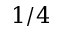
1 / 4